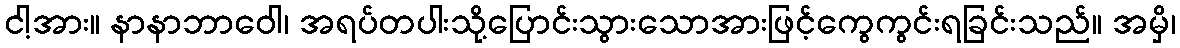
ငါ့အား။ နာနာဘာဝေါ၊ အရပ်တပါးသို့ပြောင်းသွားသောအားဖြင့်ကွေကွင်းရခြင်းသည်။ အမှိ၊